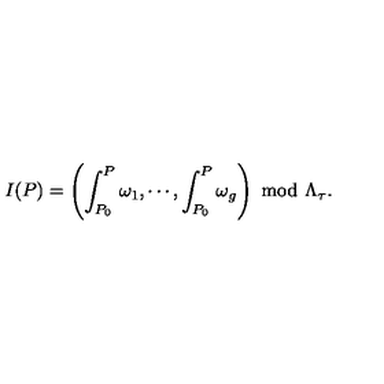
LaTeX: I ( P ) = \left( \int _ { P _ { 0 } } ^ { P } \omega _ { 1 } , \cdots , \int _ { P _ { 0 } } ^ { P } \omega _ { g } \right) \ \mathrm { m o d } \ \Lambda _ { \tau } .